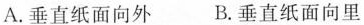
A.垂直纸面向外 B.垂直纸面向里